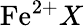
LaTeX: \mathrm{Fe}^{2+}X